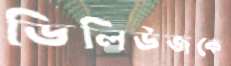
ডিলিউজকে